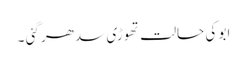
ابو کی حالت تھوڑی سدھر گئی ۔